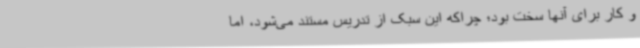
و کار برای آنها سخت بود؛ چراکه این سبک از تدریس مستند می‌شود، اما